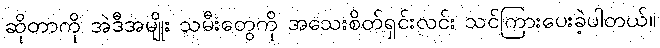
ဆိုတာကို အဲဒီအမျိုး သမီးတွေကို အသေးစိတ်ရှင်းလင်း သင်ကြားပေးခဲ့ပါတယ်။